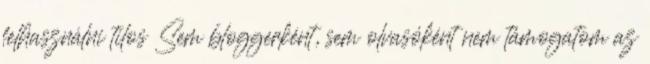
felhasználni tilos Sem bloggerként, sem olvasóként nem támogatom az